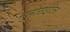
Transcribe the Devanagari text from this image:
न्युमोसाइटिस